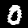
Label: 0